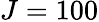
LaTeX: J=100